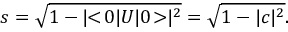
s = \sqrt { 1 - | \! \! < \! 0 | U | 0 \! > \! \! | ^ { 2 } } = \sqrt { 1 - | c | ^ { 2 } } .